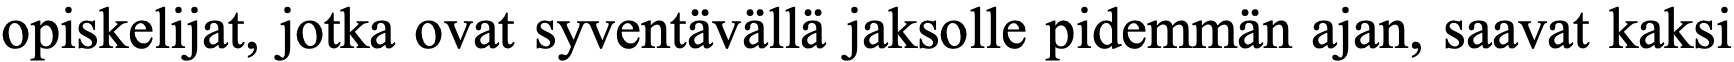
opiskelijat, jotka ovat syventävällä jaksolle pidemmän ajan, saavat kaksi